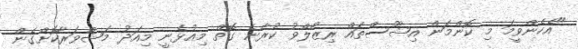
"އެހެންވީމަ މި ކޮންމަން އިޝޫސްތައް ރިޒޯލްވު ކުރާނެ ގޮތް މިއުޅެނީ މިއަދު މަޝްވަރާކޮށްގެން